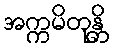
အက္ကမိတုန္တိ